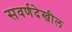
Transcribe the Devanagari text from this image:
सवर्णदेखील